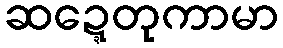
ဆဍ္ဍေတုကာမာ